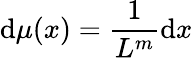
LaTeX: \mathrm{d}\mu(x)=\frac{1}{L^{m}}\mathrm{d}x